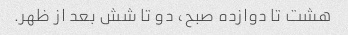
هشت تا دوازده صبح، دو تا شش بعد از ظهر.